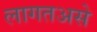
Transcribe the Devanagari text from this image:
लागतअसे